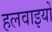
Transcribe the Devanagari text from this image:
हलवाइयों